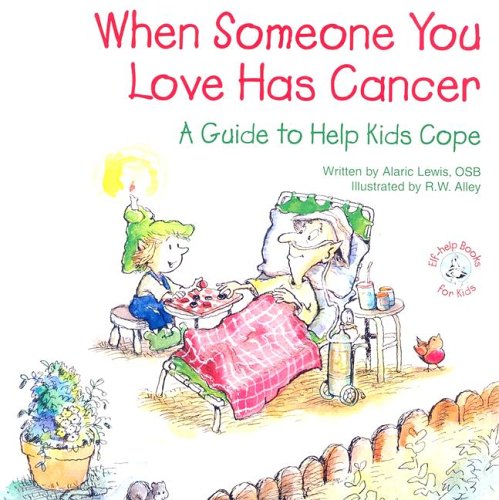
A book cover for When Someone You Love Has Cancer: A Guide to Help Kids Cope (Elf-Help Books for Kids); Alaric Lewis; Health, Fitness & Dieting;